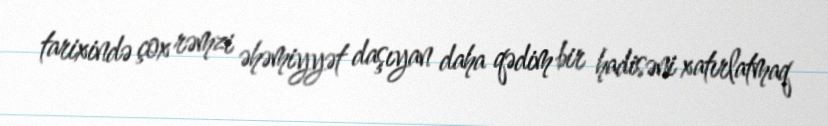
tarixində çox rəmzi əhəmiyyət daşıyan daha qədim bir hadisəni xatırlatmaq